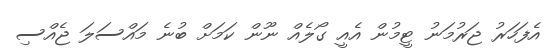
އެފަހަރު ޖަރުމަނު ޓީމުން އެއީ ގޯލެއް ނޫން ކަމަށް ބުނެ މައްސަލަ ޖެއްސި